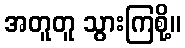
အတူတူ သွားကြစို့။